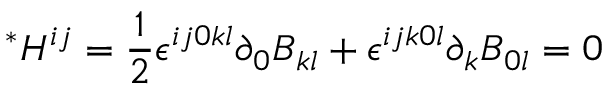
{ } ^ { * } H ^ { i j } = \frac { 1 } { 2 } \epsilon ^ { i j 0 k l } \partial _ { 0 } B _ { k l } + \epsilon ^ { i j k 0 l } \partial _ { k } B _ { 0 l } = 0